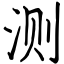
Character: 测